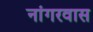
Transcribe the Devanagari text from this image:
नांगरवास